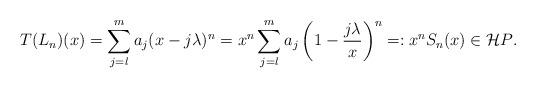
LaTeX: \begin{align*} T(L_n) (x) = \sum_{j=l}^m a_j (x-j \lambda)^n = x^n \sum_{j=l}^m a_j \left(1-\frac{j \lambda}{x}\right)^n =:x^n S_n(x) \in {\mathcal HP}.\end{align*}